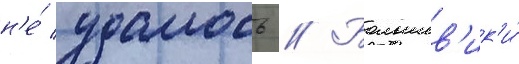
н'е́ удалось // Большев'ик'и́